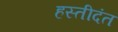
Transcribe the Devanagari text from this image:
हस्तीदंत